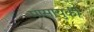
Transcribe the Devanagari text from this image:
मासायुकी